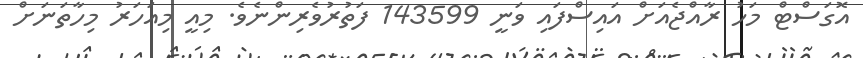
އޮގަސްޓް މަހު ރާއްޖެއަށް އައިސްފައި ވަނީ 143599 ފަތުރުވެރިންނެވެ. މިއީ މިއަހަރު މިހާތަނަށް